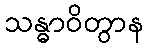
သန္ဓာဝိတွာန